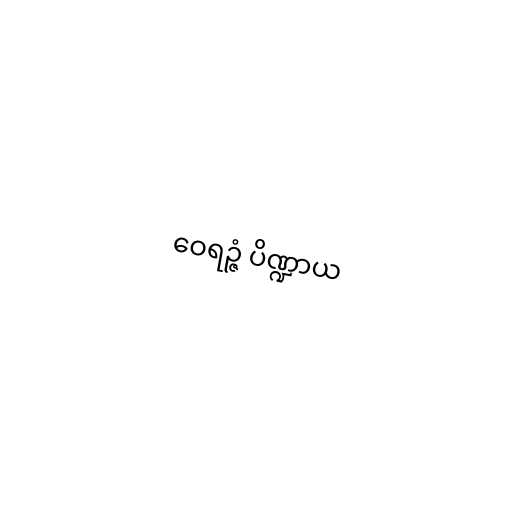
ဝေရဉ္ဇံ ပိဏ္ဍာယ